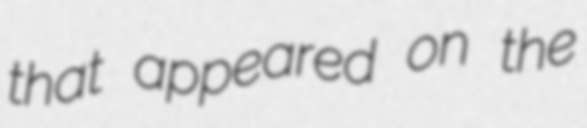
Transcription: that appeared on the